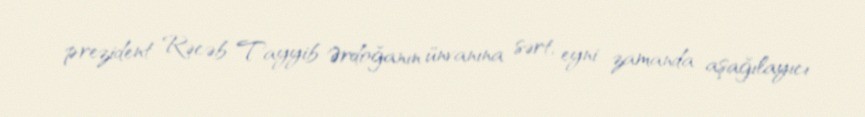
prezident Rəcəb Tayyib Ərdoğanın ünvanına sərt, eyni zamanda aşağılayıcı